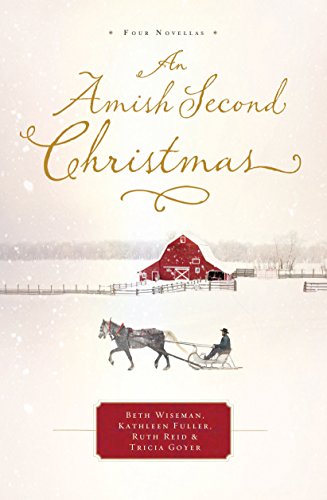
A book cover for An Amish Second Christmas (Thorndike Press Large Print Christian Fiction); Beth Wiseman; Christian Books & Bibles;